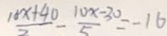
\frac { 1 6 x + 4 0 } { 7 } - \frac { 1 0 x - 3 0 } { 5 } = - 1 6